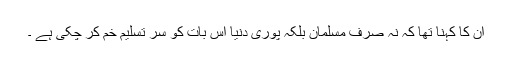
ان کا کہنا تھا کہ نہ صرف مسلمان بلکہ پوری دنیا اس بات کو سر تسلیم خم کر چکی ہے ۔